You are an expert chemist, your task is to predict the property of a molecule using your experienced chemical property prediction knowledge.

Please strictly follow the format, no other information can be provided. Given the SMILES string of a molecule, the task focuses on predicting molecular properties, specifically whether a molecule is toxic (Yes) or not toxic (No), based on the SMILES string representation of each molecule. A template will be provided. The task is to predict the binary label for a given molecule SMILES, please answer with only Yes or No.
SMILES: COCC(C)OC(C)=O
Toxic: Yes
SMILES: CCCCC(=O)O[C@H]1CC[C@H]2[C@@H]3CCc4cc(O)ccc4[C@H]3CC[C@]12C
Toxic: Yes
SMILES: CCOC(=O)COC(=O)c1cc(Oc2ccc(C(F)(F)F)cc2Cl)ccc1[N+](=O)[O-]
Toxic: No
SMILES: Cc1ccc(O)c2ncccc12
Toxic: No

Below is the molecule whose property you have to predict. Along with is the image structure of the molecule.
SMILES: CCNC1(c2cccs2)CCCCC1=O
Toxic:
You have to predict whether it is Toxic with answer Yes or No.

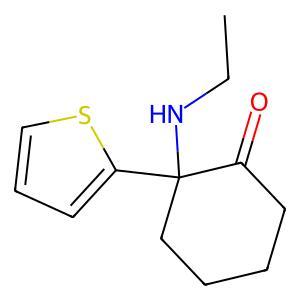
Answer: No